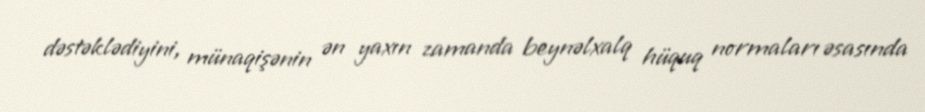
dəstəklədiyini, münaqişənin ən yaxın zamanda beynəlxalq hüquq normaları əsasında